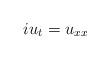
LaTeX: \begin{align*} iu_t=u_{xx}\end{align*}